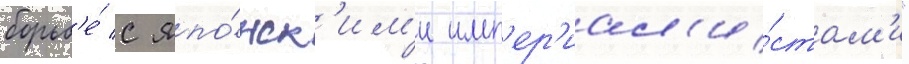
борьб'е́ с япо́нск'им'и имп'ер'иал'и́стам'и"